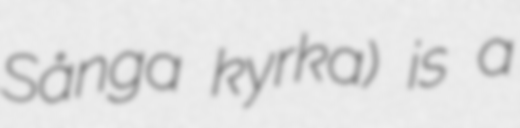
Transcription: Sånga kyrka) is a